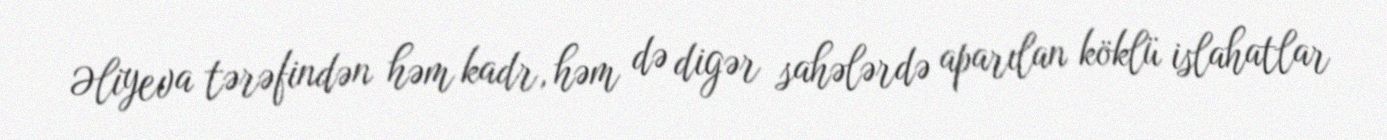
Əliyeva tərəfindən həm kadr, həm də digər sahələrdə aparılan köklü islahatlar